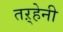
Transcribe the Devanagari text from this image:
तऱ्हेनी